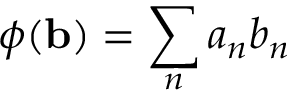
\phi ( \mathbf { b } ) = \sum _ { n } a _ { n } b _ { n }